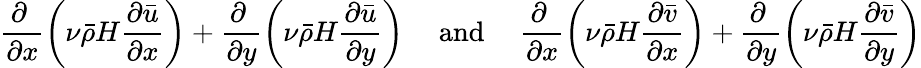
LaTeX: \frac{\partial~}{\partial x}\left(\nu\bar{\rho}H\frac{\partial\bar{u}}{\partial x}\right)+\frac{\partial~}{\partial y}\left(\nu\bar{\rho}H\frac{\partial\bar{u}}{\partial y}\right)~\quad\textrm{and}\quad~\frac{\partial~}{\partial x}\left(\nu\bar{\rho}H\frac{\partial\bar{v}}{\partial x}\right)+\frac{\partial~}{\partial y}\left(\nu\bar{\rho}H\frac{\partial\bar{v}}{\partial y}\right)